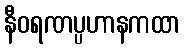
နီဝရဏပ္ပဟာနကထာ